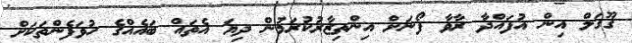
ގޫގަލް އިން އުފައްދާ ރާވާ ފޯނަށް އިންތިޒާރުކުރަމުން ދިޔަ އެތައް ބައެއްގެ ހުވަފެންތަކަށް